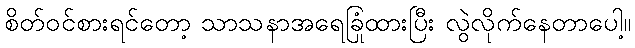
စိတ်ဝင်စားရင်တော့ သာသနာအရေခြုံထားပြီး လွဲလိုက်နေတာပေါ့။